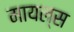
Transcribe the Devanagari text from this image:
मायल्स